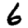
Digit: 6